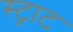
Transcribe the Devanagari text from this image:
स्ट्राट